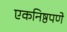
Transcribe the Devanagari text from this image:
एकनिष्ठपणे